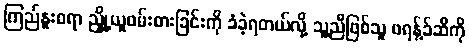
ကြည်နူးစရာ ညှို့ယူဖမ်းစားခြင်းကို ခံခဲ့ရတယ်လို့ သူ့ညီဖြစ်သူ ဖရန့်ခ်ဆီကို